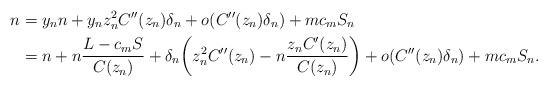
LaTeX: \begin{align*}n&= y_n n + y_nz_n^2C''(z_n)\delta_n + o(C''(z_n)\delta_n) + mc_mS_n \\&= n + n\frac{L-c_mS}{C(z_n)} +\delta_n\bigg( z_n^2C''(z_n)- n\frac{z_nC'(z_n)}{C(z_n)}\bigg) + o(C''(z_n)\delta_n) + mc_mS_n.\end{align*}